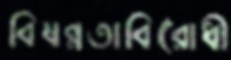
বিষণ্নতাবিরোধী